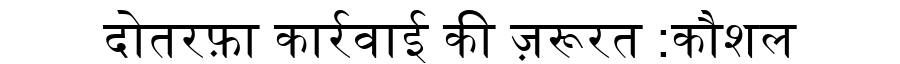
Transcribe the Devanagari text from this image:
दोतरफ़ा कार्रवाई की ज़रूरत :कौशल